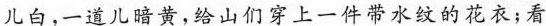
儿白，一道儿暗黄，给山们穿上一件带水纹的花衣；看